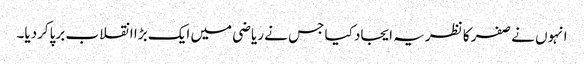
انہوں نے صفر کا نظریہ ایجاد کیا جس نے ریاضی میں ایک بڑا انقلاب برپاکردیا۔